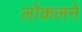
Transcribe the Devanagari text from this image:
लोकलने